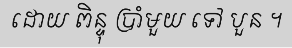
ដោយ ពិន្ទុ ប្រាំមួយ ទៅ បួន ។